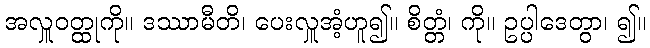
အလှူဝတ္ထုကို။ ဒဿာမီတိ၊ ပေးလှူအံ့ဟူ၍။ စိတ္တံ၊ ကို။ ဥပ္ပါဒေတွာ၊ ၍။